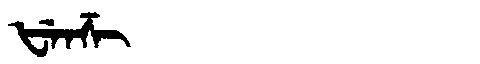
Manchu: ᡶᡝᠨᡯᡳ
Romanization: FENDZI